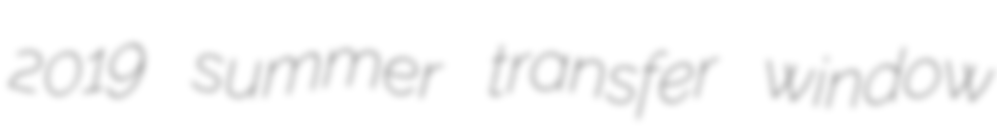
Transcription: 2019 summer transfer window